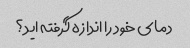
دمای خود را اندازه گرفته اید؟